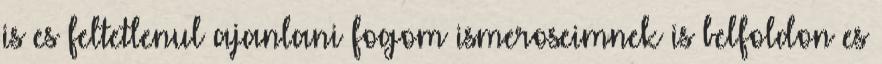
is es feltetlenul ajanlani fogom ismeroseimnek is belfoldon es